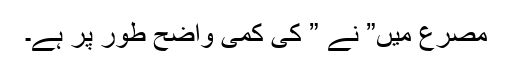
مصرع میں” نے ” کی کمی واضح طور پر ہے۔